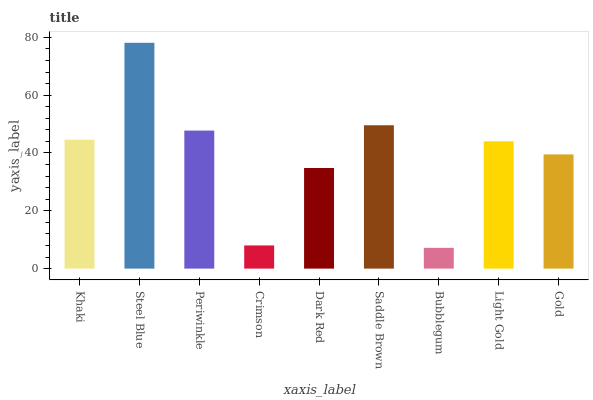
| xaxis_label | bars |
 | --- | --- |
 | Khaki | 44.6 |
 | Steel Blue | 78.1 |
 | Periwinkle | 47.7 |
 | Crimson | 8.02 |
 | Dark Red | 34.8 |
 | Saddle Brown | 49.6 |
 | Bubblegum | 7.18 |
 | Light Gold | 44 |
 | Gold | 39.5 |